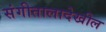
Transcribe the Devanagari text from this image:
संगीतालादेखील